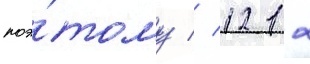
поэ́тому // 12 12